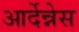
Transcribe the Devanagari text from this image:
आर्देन्नेस